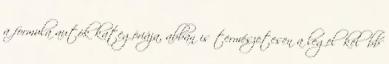
a formula autók kategóriája, abban is természetesen a legelőkelőbb